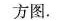
方图.